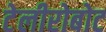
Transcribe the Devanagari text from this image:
टेलीरोबोट